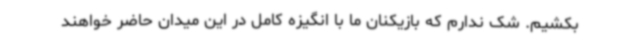
بکشیم. شک ندارم که بازیکنان ما با انگیزه کامل در این میدان حاضر خواهند